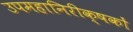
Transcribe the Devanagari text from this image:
उपमहानिरीक्षकों